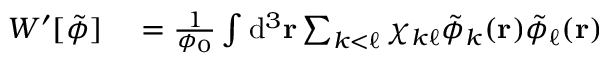
\begin{array} { r l } { W ^ { \prime } [ \tilde { \phi } ] } & { { } = \frac { 1 } { \phi _ { 0 } } \int \mathrm { d } ^ { 3 } \mathbf { r } \sum _ { k < \ell } \chi _ { k \ell } \tilde { \phi } _ { k } ( \mathbf { r } ) \tilde { \phi } _ { \ell } ( \mathbf { r } ) } \end{array}